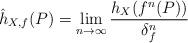
LaTeX: \begin{align*}\hat{h}_{X,f}(P)=\lim_{n\to \infty}\frac{h_{X}(f^{n}(P))}{\delta_{f}^{n}}\end{align*}